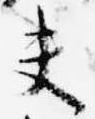
夫